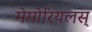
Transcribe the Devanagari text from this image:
मेमोरियलस्